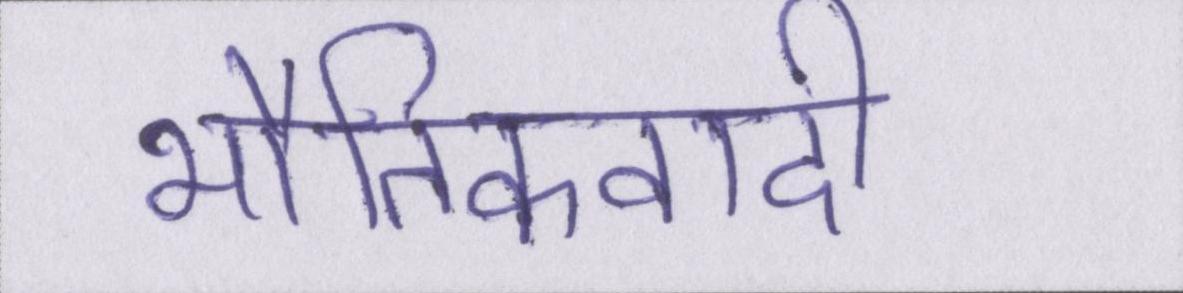
भौतिकवादी